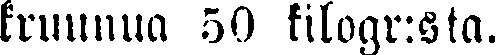
kruunua 50 kilogr:sta.